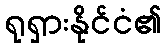
ရုရှားနိုင်ငံ၏